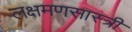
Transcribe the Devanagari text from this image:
लक्षमणसास्त्री